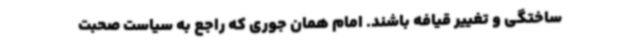
ساختگی و تغییر قیافه باشند. امام همان جوری که راجع به سیاست صحبت